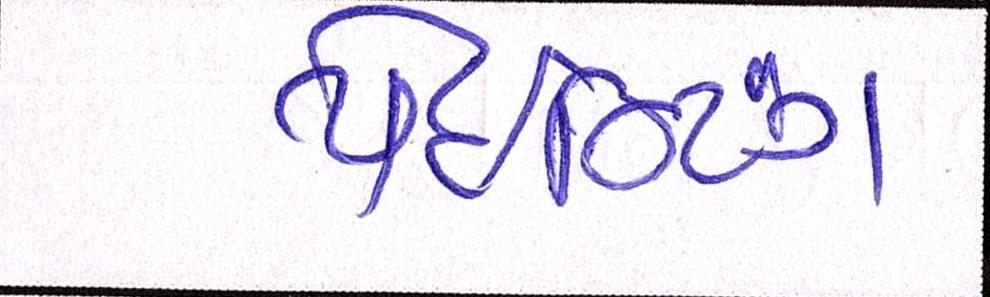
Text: પેઈન્ટિંગ